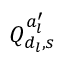
Q _ { d _ { l } , s } ^ { a _ { l } ^ { \prime } }